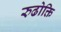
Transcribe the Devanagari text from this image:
रुढोक्ति